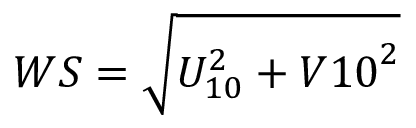
W S = \sqrt { U _ { 1 0 } ^ { 2 } + V { 1 0 } ^ { 2 } }